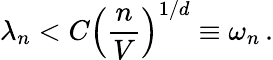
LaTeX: \lambda_{n}<C\left(\frac{n}{V}\right)^{1/d}\equiv\omega_{n}\, .